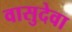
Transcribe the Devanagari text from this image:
वासुदेवा